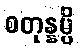
စတုန္နမ္ပိ